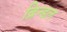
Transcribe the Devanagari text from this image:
ब्रिन्डल